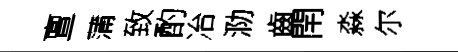
亶蒲致酌冶泐齒閈淼尔